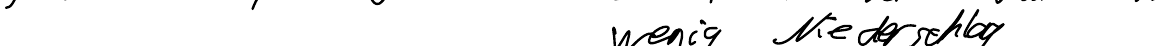
wenig Niederschlag